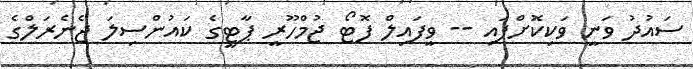
ސައުދު ވަނީ ވަކިކޮށްފައި -- ވީފައިލް ފޮޓޯ ޖުމްހޫރީ ޕާޓީގެ ކައުންސިލަ ޖެނެރަލްގެ